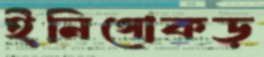
ইনিগোকড়